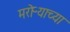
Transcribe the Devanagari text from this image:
मरोऱ्याच्या